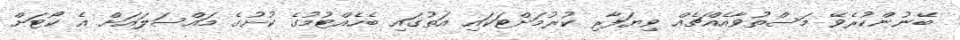
ބޭނުންކުރެވޭ މަސްތުވާއެއްޗެއް ވިޔަފާރި ކުރުމަށްޓަކައި އަތުގައި ބެހެއްޓުމުގެ ކުށުގެ މައްސަލައަށް އެ ކޯޓަށް